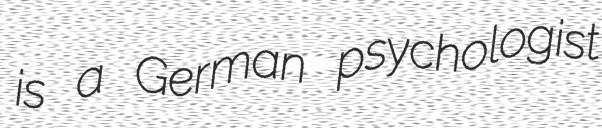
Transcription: is a German psychologist